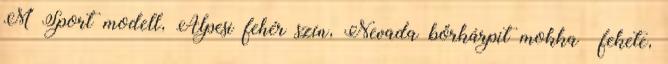
M Sport modell, Alpesi fehér szín, Nevada bőrkárpit mokka fekete,